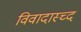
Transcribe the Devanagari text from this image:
विवादास्च्द